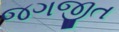
જગજીત